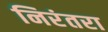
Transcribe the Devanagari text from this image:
निरंतरा